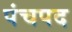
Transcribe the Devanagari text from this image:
पंचपद